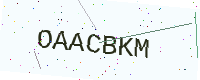
Text: OAACBKM